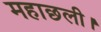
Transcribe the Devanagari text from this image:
महाछली।